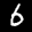
Label: 6